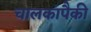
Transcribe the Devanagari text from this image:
चालकांपैकी